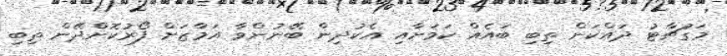
މަގުޗާޓު ދައްކަން ތިބި ބައެއް ކަމަށާއި އެކުދިން ބޭނުންވާ އަމާޒަށް ފޯރުކޮށްދޭން ތިބި